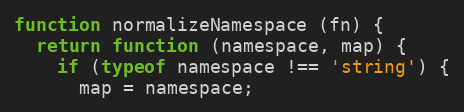
Language: JavaScript
function normalizeNamespace (fn) {
  return function (namespace, map) {
    if (typeof namespace !== 'string') {
      map = namespace;